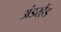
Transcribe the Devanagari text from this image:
अंडरहैंड